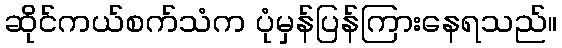
ဆိုင်ကယ်စက်သံက ပုံမှန်ပြန်ကြားနေရသည်။